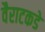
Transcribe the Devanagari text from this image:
वैराटकडे